Black-water fever - Number 35
Disease focus: Fever
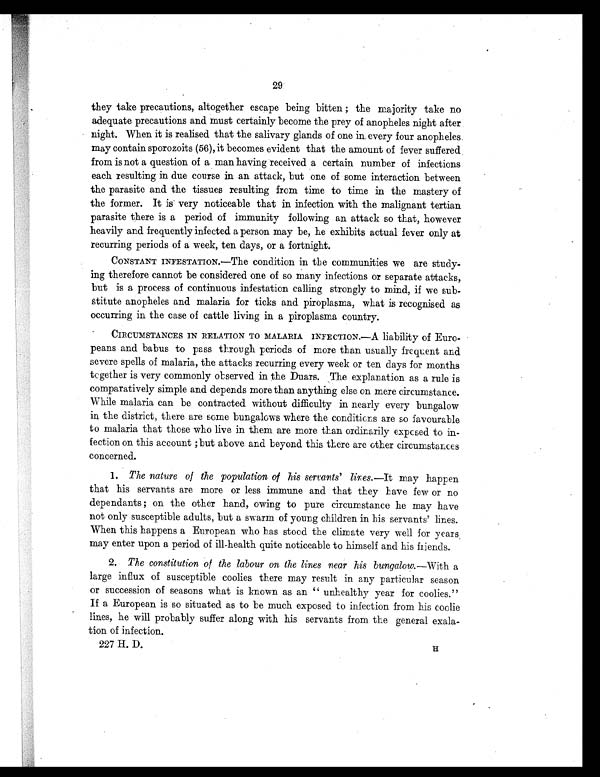
29
they take precautions, altogether escape being bitten ; the majority take no
adequate precautions and must certainly become the prey of anopheles night after
night. When it is realised that the salivary glands of one in, every four anopheles
may contain sporozoits (56), it becomes evident that the amount of fever suffered
from is not a question of a man having received a certain number of infections
each resulting in due course in an attack, but one of some interaction between
the parasite and the tissues resulting from time to time in the mastery of
the former. It is very noticeable that in infection with the malignant tertian
parasite there is a period of immunity following an attack so that, however
heavily and frequently infected a person may be, he exhibits actual fever only at
recurring periods of a week, ten days, or a fortnight.
CONSTANT INFESTATION.—The condition in the communities we are study
- i n g t h e r e f o r e c a n n o t b e c o n s i d e r e d o n e o f s o m a n y i n f e c t i o n s o r s e p a r a t e a t t a c k s ,
but is a process of continuous infestation calling strongly to mind, if we sub
-stitute anopheles and malaria for ticks and piroplasma, what is recognised as
occurring in the case of cattle living in a piroplasma country.
CIRCUMSTANCES IN RELATION TO MALARIA INFECTION.—A liability of Euro-
peans and babus to pass through periods of more than usually frequent and
severe spells of malaria, the attacks recurring every week or ten days for months
together is very commonly observed in the Duars. The explanation as a rule is
comparatively simple and depends more than anything else on mere circumstance.
While malaria can be contracted without difficulty in nearly every bungalow
in the district, there are some bungalows where the conditions are so favourable
to malaria that those who live in them are more than ordinarily exposed to in
- f e c t i o n o n t h i s a c c o u n t ; b u t a b o v e a n d b e y o n d t h i s t h e r e a r e o t h e r c i r c u m s t a n c e s
concerned.
1 .
T h e n a t u r e o f t h e p o p u l a t i o n o f h i s s e r v a n t s ' l i n e s.
— I t m a y h a p p e n
that his servants are more or less immune and that they have few or no
dependants ; on the other hand, owing to pure circumstance he may have
not only susceptible adults, but a swarm of young children in his servants' lines.
When this happens a European who has stood the climate very well for years,
may enter upon a period of ill-health quite noticeable to himself and his friends.
2 .
T h e c o n s t i t u t i o n o f t h e l a b o u r o n t h e l i n e s n e a r h i s b u n g a l o w.
— W i t h
large influx of susceptible coolies there may result in any particular season
or succession of seasons what is known as an " unh ealthy year for coolies."
If a European is so situated as to be much exposed to infection from his coolie
lines, he will probably suffer along with his servants from the general exala
- t i o n o f i n f e c t i o n .
227 H. D. H